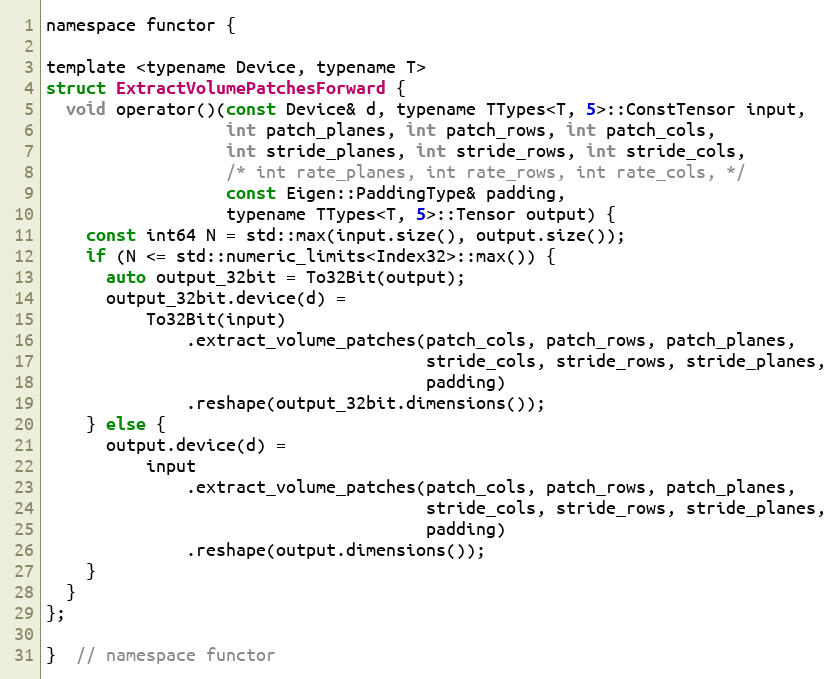
Language: C
namespace functor {

template <typename Device, typename T>
struct ExtractVolumePatchesForward {
  void operator()(const Device& d, typename TTypes<T, 5>::ConstTensor input,
                  int patch_planes, int patch_rows, int patch_cols,
                  int stride_planes, int stride_rows, int stride_cols,
                  /* int rate_planes, int rate_rows, int rate_cols, */
                  const Eigen::PaddingType& padding,
                  typename TTypes<T, 5>::Tensor output) {
    const int64 N = std::max(input.size(), output.size());
    if (N <= std::numeric_limits<Index32>::max()) {
      auto output_32bit = To32Bit(output);
      output_32bit.device(d) =
          To32Bit(input)
              .extract_volume_patches(patch_cols, patch_rows, patch_planes,
                                      stride_cols, stride_rows, stride_planes,
                                      padding)
              .reshape(output_32bit.dimensions());
    } else {
      output.device(d) =
          input
              .extract_volume_patches(patch_cols, patch_rows, patch_planes,
                                      stride_cols, stride_rows, stride_planes,
                                      padding)
              .reshape(output.dimensions());
    }
  }
};

}  // namespace functor